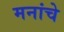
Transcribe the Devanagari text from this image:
मनांचे